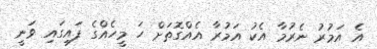
އެ އަމުރު ނެރުމާ އެކު އަމުރާ އެއްގޮތަށް ހަ މީހެއްގެ ފައިގައި ވަނީ